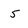
Character: 5